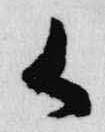
御